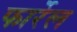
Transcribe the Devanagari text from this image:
फार्रेल